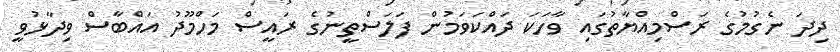
ދިދަ ނެގުމުގެ ރަސްމިއްޔާތުގައި ވާހަކަ ދައްކަވަމުން ފަލަސްތީނުގެ ރައީސް މަހްމޫދު އައްބާސް ވިދާޅުވީ